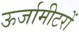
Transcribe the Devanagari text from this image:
ऊर्जामीटरों